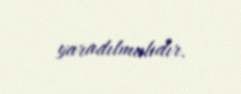
yaradılmalıdır.